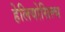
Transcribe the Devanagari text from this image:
हेलियोसिल्थ